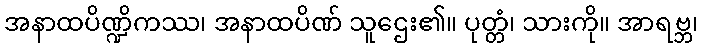
အနာထပိဏ္ဍိကဿ၊ အနာထပိဏ် သူဌေး၏။ ပုတ္တံ၊ သားကို။ အာရဗ္ဘ၊